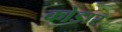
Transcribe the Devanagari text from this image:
कोडार